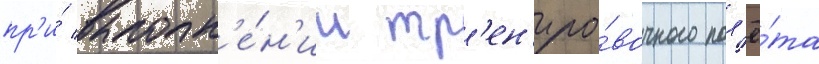
пр'и́ выполн'е́н'ии тр'ен'иро́вочного пол'ё́та